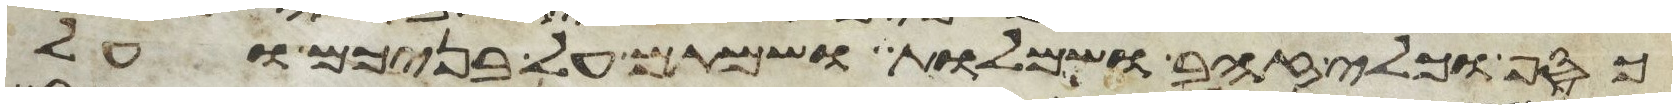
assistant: כסף וכלי זהב ושמלות ושמתם על בניכם ועל